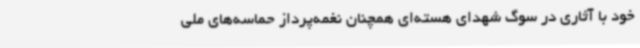
خود با آثاری در سوگ شهدای هسته‌ای همچنان نغمه‌پرداز حماسه‌های ملی